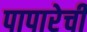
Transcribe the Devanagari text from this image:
पापारेची